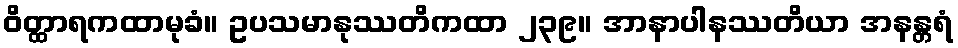
ဝိတ္ထာရကထာမုခံ။ ဥပသမာနုဿတိကထာ ၂၃၉။ အာနာပါနဿတိယာ အနန္တရံ